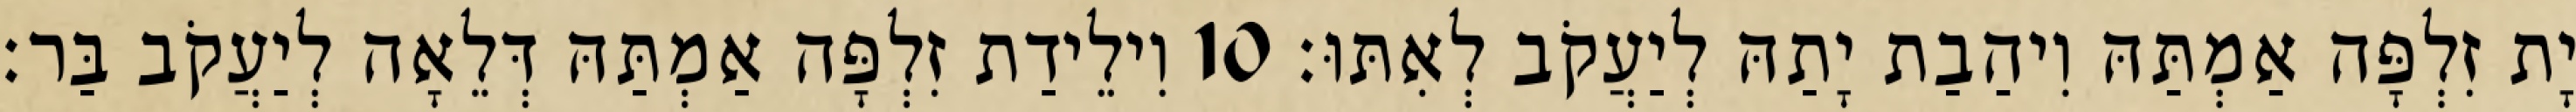
יָת זִלְפָּה אַמְתַּהּ וִיהַבַת יָתַהּ לְיַעֲקֹב לְאִתּוּ׃ 10 וִילֵידַת זִלְפָּה אַמְתַּהּ דְּלֵאָה לְיַעֲקֹב בַּר׃